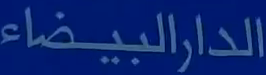
الدارالبيضاء